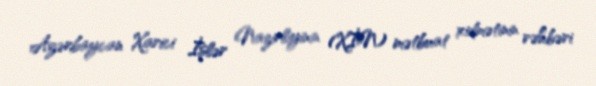
Azərbaycan Xarici İşlər Nazirliyinin (XİN) mətbuat xidmətinin rəhbəri